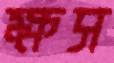
ক্ষস